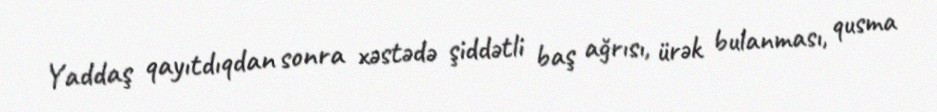
Yaddaş qayıtdıqdan sonra xəstədə şiddətli baş ağrısı, ürək bulanması, qusma